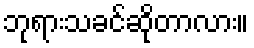
ဘုရားသခင်ဆိုတာလား။